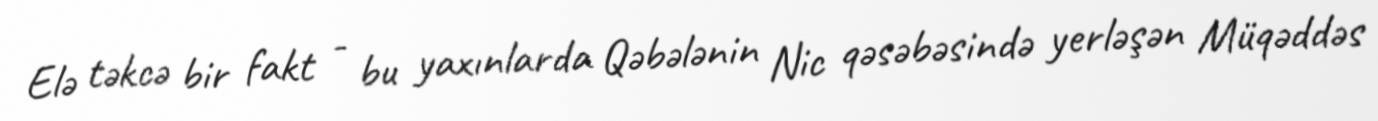
Elə təkcə bir fakt - bu yaxınlarda Qəbələnin Nic qəsəbəsində yerləşən Müqəddəs